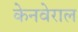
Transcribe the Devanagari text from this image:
केनवेराल